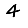
Digit: 4